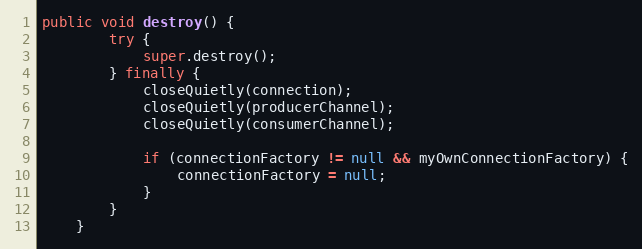
Language: Java
public void destroy() {
        try {
            super.destroy();
        } finally {
            closeQuietly(connection);
            closeQuietly(producerChannel);
            closeQuietly(consumerChannel);

            if (connectionFactory != null && myOwnConnectionFactory) {
                connectionFactory = null;
            }
        }
    }